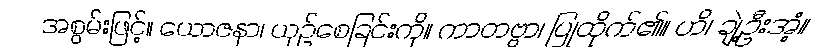
အစွမ်းဖြင့်။ ယောဇနာ၊ ယှဉ်စေခြင်းကို။ ကာတဗ္ဗာ၊ ပြုထိုက်၏။ ဟိ၊ ချဲ့ဦးအံ့။